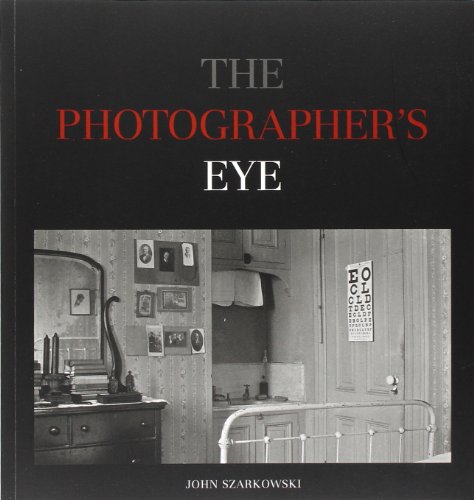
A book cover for The Photographer's Eye; John Szarkowski; Arts & Photography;